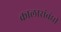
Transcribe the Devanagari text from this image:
कालासंबंधीं